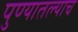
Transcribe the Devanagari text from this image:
पुण्यातल्याच